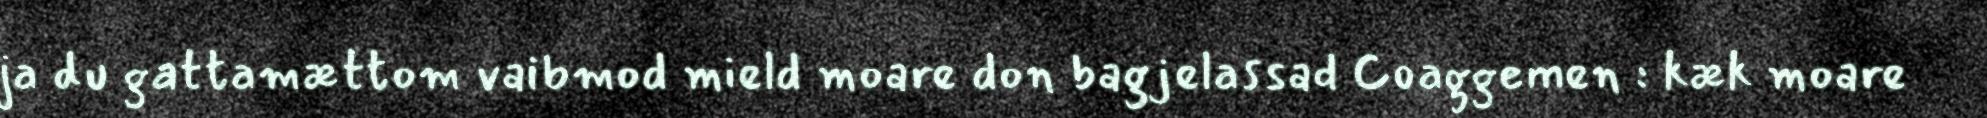
ja du gattamættom vaibmod mield moare don bagjelassad Coaggemen : kæk moare